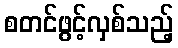
စတင်ဖွင့်လှစ်သည့်